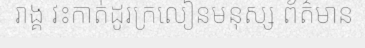
រាង្គ វះកាត់ដូរក្រលៀនមនុស្ស ព័ត៌មាន